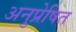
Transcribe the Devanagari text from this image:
अनुप्रेषित